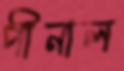
পীনাল